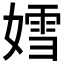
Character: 𡠭